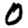
Digit: 0